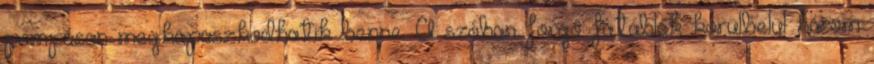
pompásan megkapaszkodhatik benne. A szóban forgó fatáblák körülbelül három